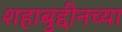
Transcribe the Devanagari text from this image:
शहाबुद्दीनच्या